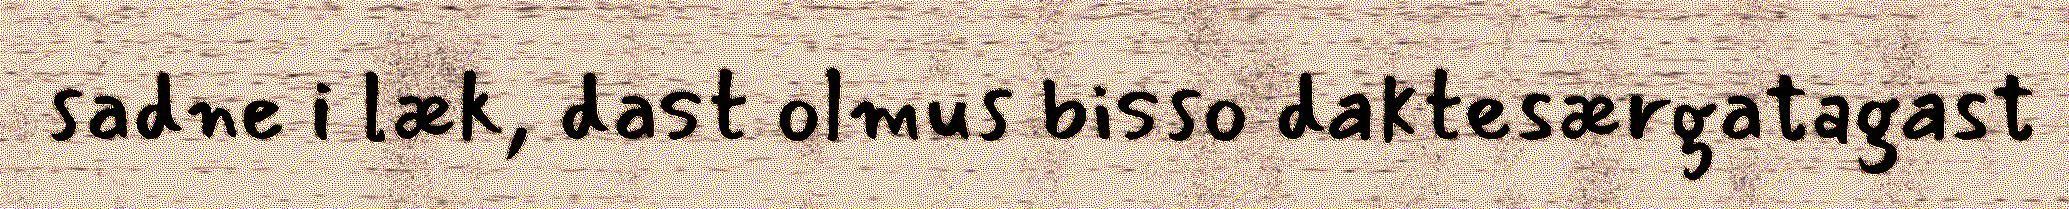
sadne i læk, dast olmus bisso daktesærgatagast